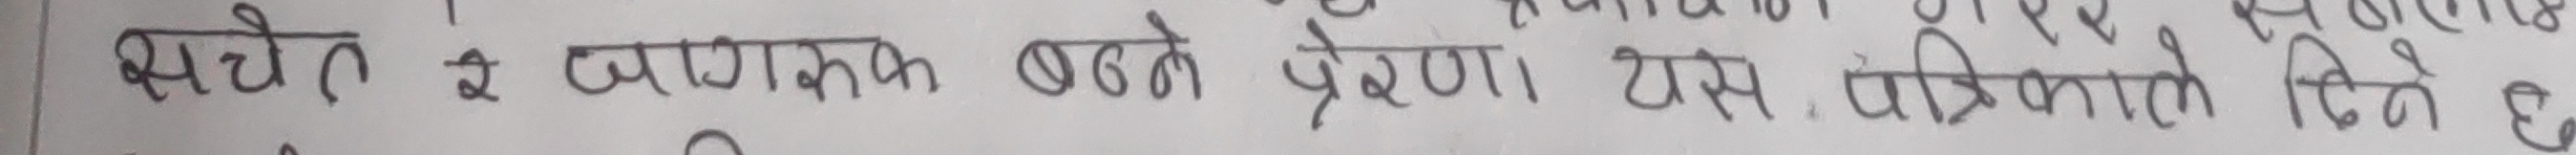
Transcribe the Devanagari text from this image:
सचेत व जागरूक बनने प्रेरणा। इस पत्रिकाने दिने है